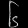
Digit: ၆